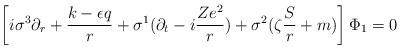
\begin{align*}\left[ i\sigma ^3\partial _r+\frac{k-\epsilon q}r+\sigma^1(\partial _t-i\frac{Ze^2}r)+\sigma ^2(\zeta \frac Sr+m)\right] \Phi_1=0\end{align*}